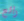
رائع